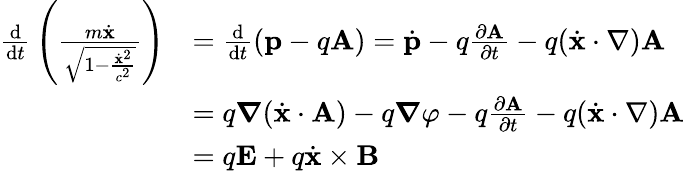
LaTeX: {\begin{array}{rl}{{\frac{\mathrm{d}}{\mathrm{d}t}}\left({\frac{m{\dot{\mathbf{x}}}}{\sqrt{1-{\frac{{\dot{\mathbf{x}}}^{2}}{c^{2}}}}}}\right)}&{={\frac{\mathrm{d}}{\mathrm{d}t}}(\mathbf{p}-q\mathbf{A})={\dot{\mathbf{p}}}-q{\frac{\partial\mathbf{A}}{\partial t}}-q({\dot{\mathbf{x}}}\cdot\nabla)\mathbf{A}}\\ &{=q{\boldsymbol{\nabla}}({\dot{\mathbf{x}}}\cdot\mathbf{A})-q{\boldsymbol{\nabla}}\varphi-q{\frac{\partial\mathbf{A}}{\partial t}}-q({\dot{\mathbf{x}}}\cdot\nabla)\mathbf{A}}\\ &{=q\mathbf{E}+q{\dot{\mathbf{x}}}\times\mathbf{B}}\end{array}}